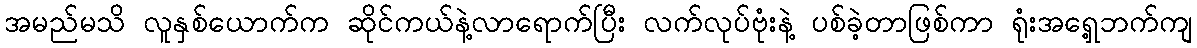
အမည်မသိ လူနှစ်ယောက်က ဆိုင်ကယ်နဲ့လာရောက်ပြီး လက်လုပ်ဗုံးနဲ့ ပစ်ခဲ့တာဖြစ်ကာ ရုံးအရှေ့ဘက်ကျ